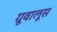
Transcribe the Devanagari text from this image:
ग्रूवालूस